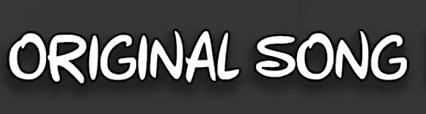
ORIGINAL SONG